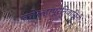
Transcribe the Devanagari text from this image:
कोल्हापूरनिवासिनी